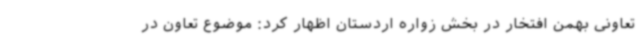
تعاونی بهمن افتخار در بخش زواره اردستان اظهار کرد: موضوع تعاون در